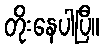
တိုးနေပါပြီ။